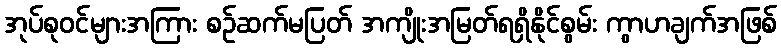
အုပ်စုဝင်များအကြား စဉ်ဆက်မပြတ် အကျိုးအမြတ်ရရှိနိုင်စွမ်း ကွာဟချက်အဖြစ်